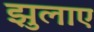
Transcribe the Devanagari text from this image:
झुलाए